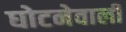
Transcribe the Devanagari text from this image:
घोटनेवाली